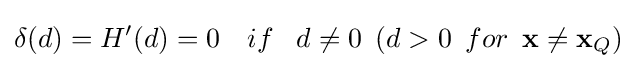
\delta (d)=H'(d)=0\,\,\,\,\,\,if\,\,\,\,\,d\neq 0\,\,\,(d>0\,\,\,for\,\,\,\mathbf {x} \neq \mathbf {x} _{Q})